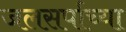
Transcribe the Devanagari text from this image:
जलसर्पाच्या